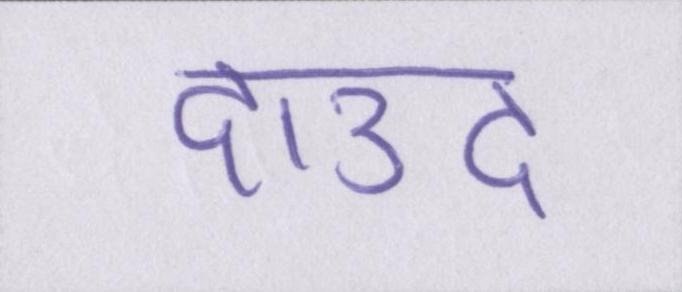
दाउद